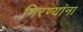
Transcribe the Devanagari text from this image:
गिरण्यांना